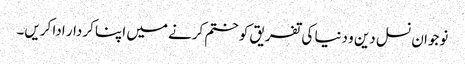
نوجوان نسل دین و دنیا کی تفریق کو ختم کرنے میں اپنا کردار ادا کریں۔